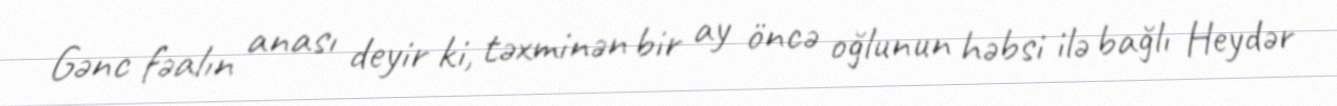
Gənc fəalın anası deyir ki, təxminən bir ay öncə oğlunun həbsi ilə bağlı Heydər